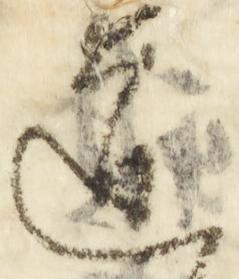
道